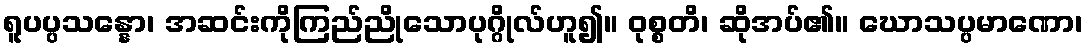
ရူပပ္ပသန္နော၊ အဆင်းကိုကြည်ညိုသောပုဂ္ဂိုလ်ဟူ၍။ ဝုစ္စတိ၊ ဆိုအပ်၏။ ဃောသပ္ပမာဏော၊